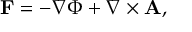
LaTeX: \mathbf { F } = - \nabla \Phi + \nabla \times \mathbf { A } ,